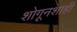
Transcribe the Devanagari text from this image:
शोगूनशाही